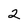
Character: 2